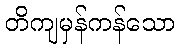
တိကျမှန်ကန်သော